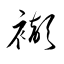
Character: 襭